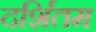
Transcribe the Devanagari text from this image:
दर्शितम